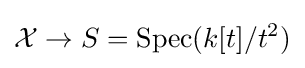
{\mathcal {X}}\to S=\operatorname {Spec} (k[t]/t^{2})